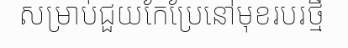
សម្រាប់ជួយកែប្រែនៅមុខរបរថ្មី